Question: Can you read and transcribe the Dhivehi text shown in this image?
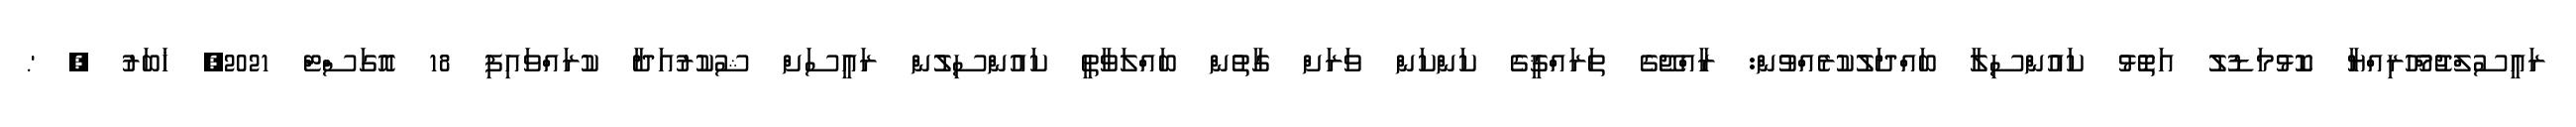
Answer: ރައީސުލްޖުމްހޫރިއްޔާ ކޮޅުމަޑުލު އަތޮޅު ކައުންސިލާ ބައްދަލުކުރެއްވުން: ރާއްޖޭގެ ތަރައްޤީގެ ކަންކަން ވަރަށް ގާތުން ބައްލަވާތީ ކައުންސިލުން ރައީސަށް ޝުކުރުއަދާ ކުރައްވައިފި 18 އޮގަސްޓް 2021, ޚަބަރު ; '.